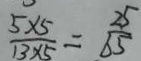
\frac { 5 \times 5 } { 1 3 \times 5 } = \frac { 2 5 } { 6 5 }